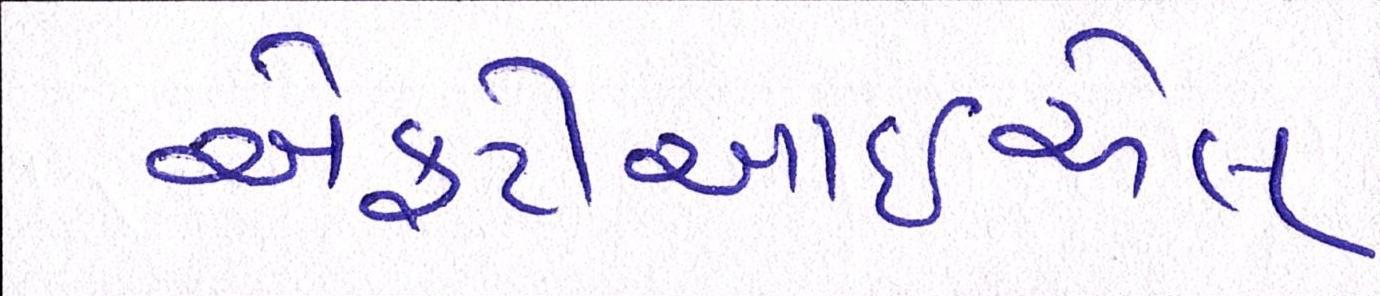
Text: એફટીઆઈએલ